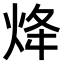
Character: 𤇺